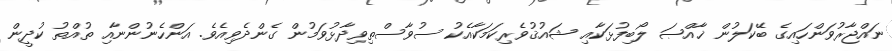
ނައްޖާރުވަންހައިގެ ބޭކަލުން ޚާއްޞަ ލޯބިފުޅަކާއި ޝައުޤުވެރިކަމަކާއެކު ސުވާސްތިވިދާޅުވަމުން ގެންދެވިއެވެ. އަންހެނުންނާއި ތުއްތު ކުދީން